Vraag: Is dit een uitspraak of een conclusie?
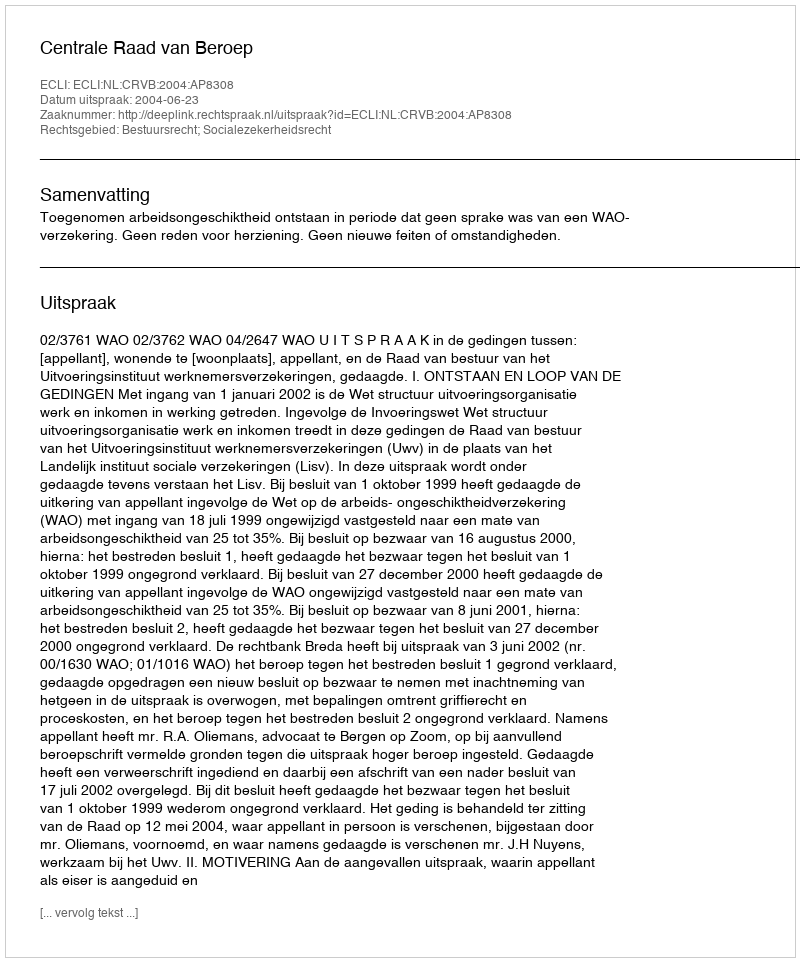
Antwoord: Uitspraak